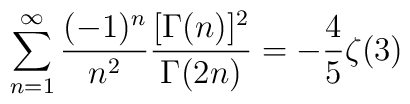
\sum_{n=1}^\infty\frac{(-1)^n}{n^2}\frac{[\Gamma(n)]^2}{\Gamma(2n)}=-\frac{4}{5}\zeta(3)